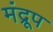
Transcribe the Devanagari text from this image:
मंद्रूप